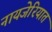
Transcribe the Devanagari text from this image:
नायजेरियात